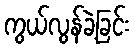
ကွယ်လွန်ခဲ့ခြင်း